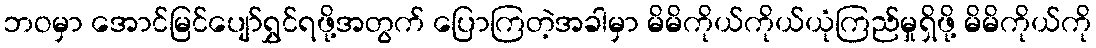
ဘဝမှာ အောင်မြင်ပျော်ရွှင်ရဖို့အတွက် ပြောကြတဲ့အခါမှာ မိမိကိုယ်ကိုယ်ယုံကြည်မှုရှိဖို့ မိမိကိုယ်ကို